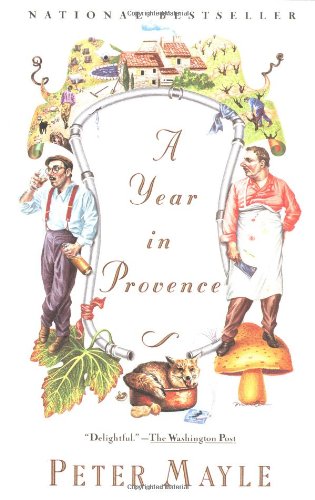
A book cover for A Year in Provence; Peter Mayle; Biographies & Memoirs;